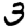
Digit: 3